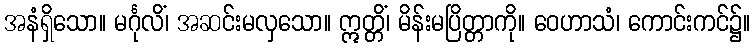
အနံရှိသော။ မင်္ဂုလိံ၊ အဆင်းမလှသော။ ဣတ္တိံ၊ မိန်းမပြိတ္တာကို။ ဝေဟာသံ၊ ကောင်းကင်၌။